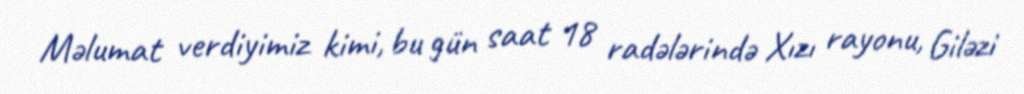
Məlumat verdiyimiz kimi, bu gün saat 18 radələrində Xızı rayonu, Giləzi